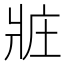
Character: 𤕸